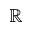
\mathbb { R }